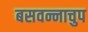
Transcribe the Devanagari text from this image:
बसवन्नाचुप